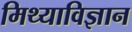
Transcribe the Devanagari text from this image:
मिथ्याविज्ञान